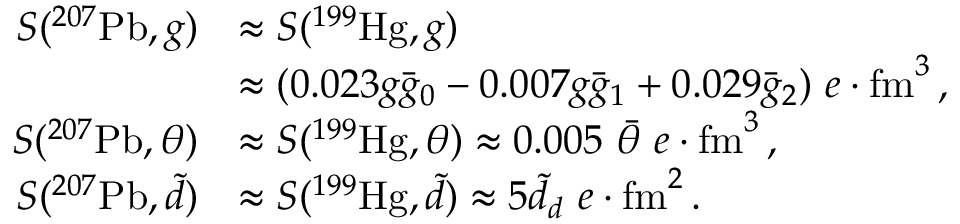
\begin{array} { r l } { S ( ^ { 2 0 7 } \mathrm { P b } , g ) } & { \approx S ( ^ { 1 9 9 } \mathrm { H g } , g ) } \\ & { \approx ( 0 . 0 2 3 g \bar { g } _ { 0 } - 0 . 0 0 7 g \bar { g } _ { 1 } + 0 . 0 2 9 \bar { g } _ { 2 } ) \ e \cdot \mathrm { f m } ^ { 3 } \, , } \\ { S ( ^ { 2 0 7 } \mathrm { P b } , \theta ) } & { \approx S ( ^ { 1 9 9 } \mathrm { H g } , \theta ) \approx 0 . 0 0 5 \ \bar { \theta } \ e \cdot \mathrm { f m } ^ { 3 } \, , } \\ { S ( ^ { 2 0 7 } \mathrm { P b } , \tilde { d } ) } & { \approx S ( ^ { 1 9 9 } \mathrm { H g } , \tilde { d } ) \approx 5 \tilde { d } _ { d } \ e \cdot \mathrm { f m } ^ { 2 } \, . } \end{array}